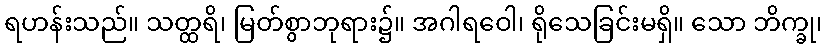
ရဟန်းသည်။ သတ္ထရိ၊ မြတ်စွာဘုရား၌။ အဂါရဝေါ၊ ရိုသေခြင်းမရှိ။ သော ဘိက္ခု၊